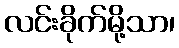
လင်းခိုက်မို့သာ၊